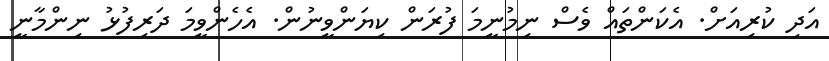
އަދި ކުރިއަށް. އެކަންތައް ވެސް ނިމުނީމަ ފުރަން ކިޔަންވީނުން. އެހެންވީމަ ދަރިފުޅު ނިންމާނީ